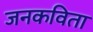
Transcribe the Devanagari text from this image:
जनकविता